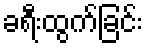
ခရီးထွက်ခြင်း